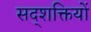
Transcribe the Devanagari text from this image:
सद्शक्तियों